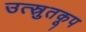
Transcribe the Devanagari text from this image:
उत्स्रुतकूप